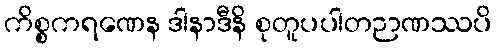
ကိစ္စကရဏေန ဒါနာဒီနိ စုတူပပါတဉာဏဿပိ